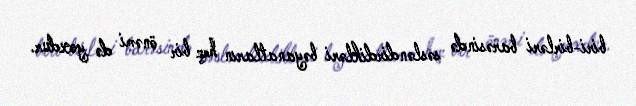
biri-birləri barəsində səsləndirdikləri bəyanatların heç bir önəmi də yoxdur.